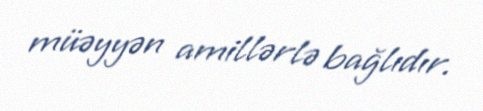
müəyyən amillərlə bağlıdır.